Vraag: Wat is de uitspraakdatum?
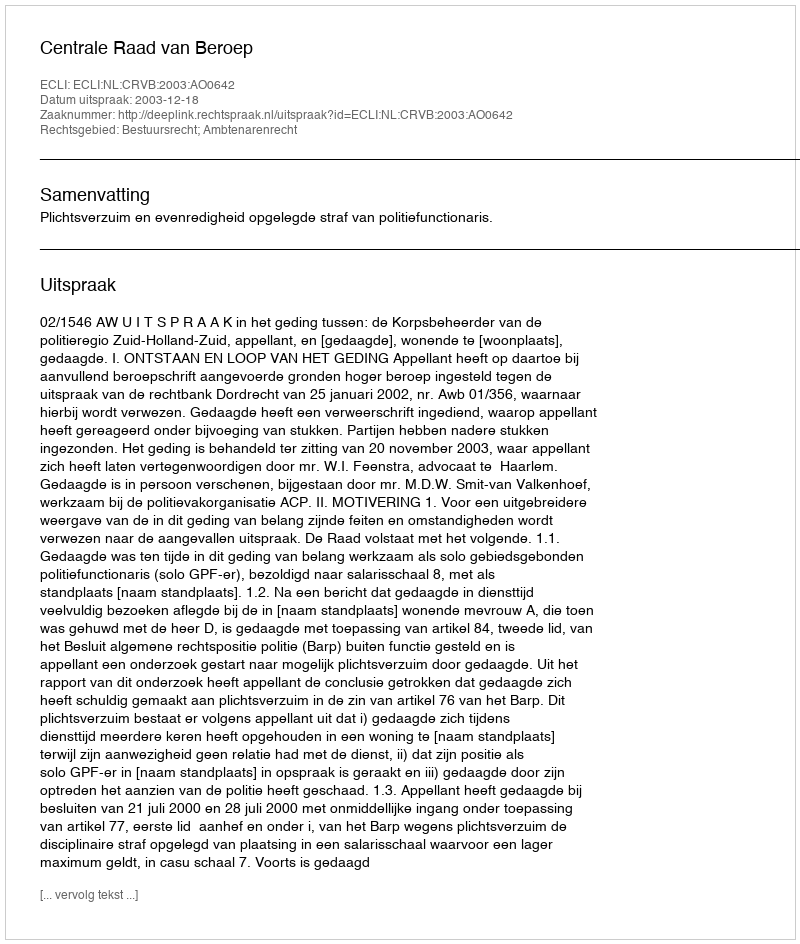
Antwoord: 2003-12-18